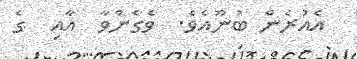
އެއުރެން ބުނޫއެވެ.  ވެގެންވާ  އާއި  ގެ